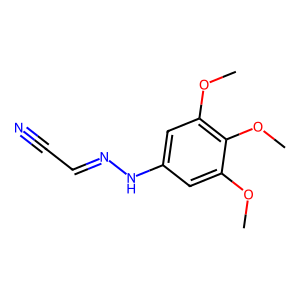
SMILES: COc1cc(NN=CC#N)cc(OC)c1OC
Inhibits HIV replication: No